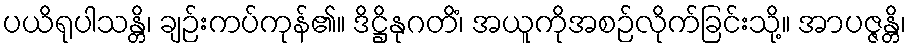
ပယိရုပါသန္တိ၊ ချဉ်းကပ်ကုန်၏။ ဒိဋ္ဌိနုဂတိံ၊ အယူကိုအစဉ်လိုက်ခြင်းသို့။ အာပဇ္ဇန္တိ၊